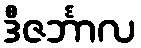
ဒီဇင်္ဘာလ